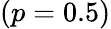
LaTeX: (p=0.5)